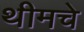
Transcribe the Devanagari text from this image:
थीमचे